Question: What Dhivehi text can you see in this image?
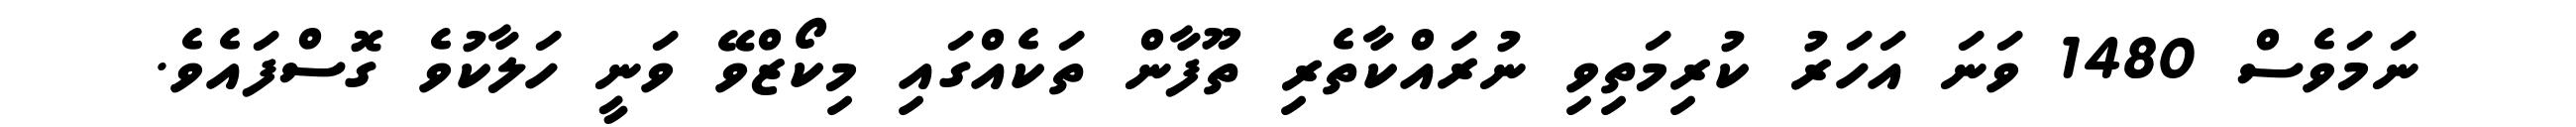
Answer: ނަމަވެސް 1480 ވަނަ އަހަރު ކުރިމަތިވި ނުރައްކާތެރި ތޫފާން ތަކެއްގައި މިކޯޒްވޭ ވަނީ ހަލާކުވެ ގޮސްފައެވެ.